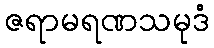
ဇရာမရဏသမုဒံ